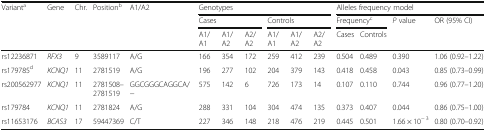
| <ROWSPAN=3> Varianta | <ROWSPAN=3> Gene | <ROWSPAN=3> Chr. | <ROWSPAN=3> Positionb | <ROWSPAN=3> A1/A2 | <COLSPAN=6> Genotypes | <COLSPAN=4> Alleles frequency model |
 | <COLSPAN=3> Cases | <COLSPAN=3> Controls | <COLSPAN=2> Frequencyc | <ROWSPAN=2> P value | <ROWSPAN=2> OR (95% CI) |
 | A1/A1 | A1/A2 | A2/A2 | A1/A1 | A1/A2 | A2/A2 | Cases | Controls |
 | --- | --- | --- | --- | --- | --- | --- | --- | --- | --- | --- | --- | --- | --- | --- |
 | rs12236871 | RFX3 | 9 | 3589117 | A/G | 166 | 354 | 172 | 259 | 412 | 239 | 0.504 | 0.489 | 0.390 | 1.06 (0.92–1.22) |
 | rs179785d | KCNQ1 | 11 | 2781519 | A/G | 196 | 277 | 102 | 204 | 379 | 143 | 0.418 | 0.458 | 0.043 | 0.85 (0.73–0.99) |
 | rs200562977 | KCNQ1 | 11 | 2781508–2781519 | GGCGGGCAGGCA/− | 575 | 142 | 6 | 726 | 173 | 14 | 0.107 | 0.110 | 0.744 | 0.96 (0.77–1.20) |
 | rs179784 | KCNQ1 | 11 | 2781824 | A/G | 288 | 331 | 104 | 304 | 474 | 135 | 0.373 | 0.407 | 0.044 | 0.86 (0.75–1.00) |
 | rs11653176 | BCAS3 | 17 | 59447369 | C/T | 227 | 346 | 148 | 218 | 476 | 219 | 0.445 | 0.501 | 1.66 × 10− 3 | 0.80 (0.70–0.92) |